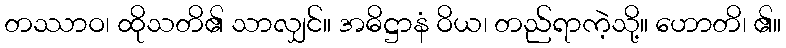
တဿာဝ၊ ထိုသတိ၏ သာလျှင်။ အဓိဋ္ဌာနံ ဝိယ၊ တည်ရာကဲ့သို့။ ဟောတိ၊ ၏။